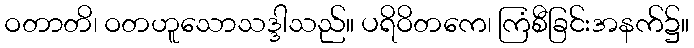
ဝတာတိ၊ ဝတဟူသောသဒ္ဒါသည်။ ပရိဝိတကေ၊ ကြံစီခြင်းအနက်၌။